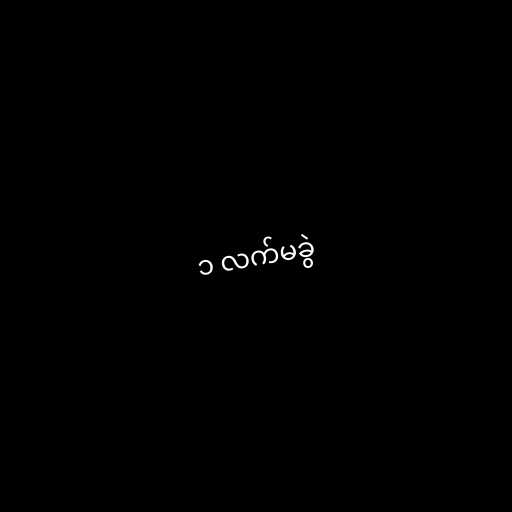
၁ လက်မခွဲ